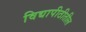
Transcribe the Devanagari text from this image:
विद्यापीठीतील